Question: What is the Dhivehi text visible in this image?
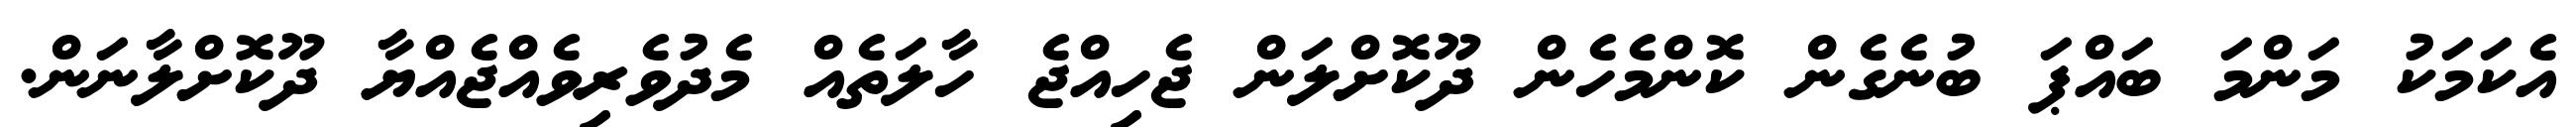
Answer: އެކަމަކު މަންމަ ބައްޕަ ބުނެގެން ކޮންމެހެން ދޫކޮށްލަން ޖެހިއްޖެ ހާލަތެއް މެދުވެރިވެއްޖެއްޔާ ދޫކޮށްލާނަން.